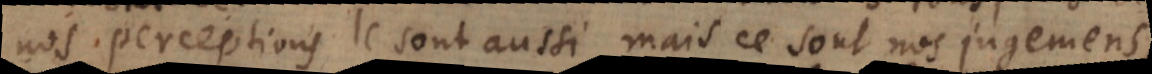
nos perceptions le sont aussi, mais ce sont nos jugemens